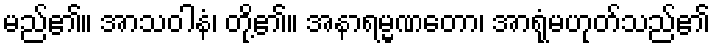
မည်၏။ အာသဝါနံ၊ တို့၏။ အနာရမ္မဏတော၊ အာရုံမဟုတ်သည်၏